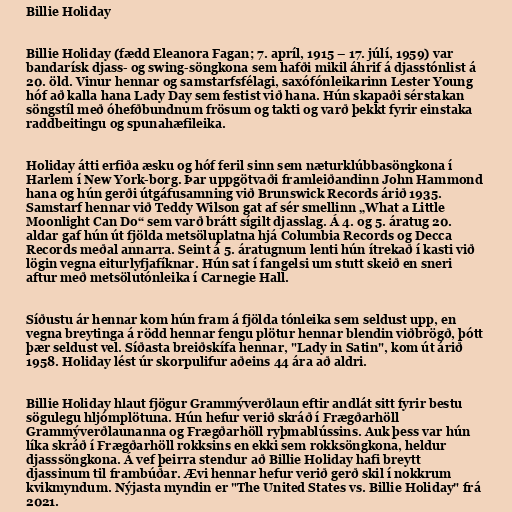
Billie Holiday

Billie Holiday (fædd Eleanora Fagan; 7. apríl, 1915 – 17. júlí, 1959) var
bandarísk djass- og swing-söngkona sem hafði mikil áhrif á djasstónlist á
20. öld. Vinur hennar og samstarfsfélagi, saxófónleikarinn Lester Young
hóf að kalla hana Lady Day sem festist við hana. Hún skapaði sérstakan
söngstíl með óhefðbundnum frösum og takti og varð þekkt fyrir einstaka
raddbeitingu og spunahæfileika.

Holiday átti erfiða æsku og hóf feril sinn sem næturklúbbasöngkona í
Harlem í New York-borg. Þar uppgötvaði framleiðandinn John Hammond
hana og hún gerði útgáfusamning við Brunswick Records árið 1935.
Samstarf hennar við Teddy Wilson gat af sér smellinn „What a Little
Moonlight Can Do“ sem varð brátt sígilt djasslag. Á 4. og 5. áratug 20.
aldar gaf hún út fjölda metsöluplatna hjá Columbia Records og Decca
Records meðal annarra. Seint á 5. áratugnum lenti hún ítrekað í kasti við
lögin vegna eiturlyfjafíknar. Hún sat í fangelsi um stutt skeið en sneri
aftur með metsölutónleika í Carnegie Hall.

Síðustu ár hennar kom hún fram á fjölda tónleika sem seldust upp, en
vegna breytinga á rödd hennar fengu plötur hennar blendin viðbrögð, þótt
þær seldust vel. Síðasta breiðskífa hennar, "Lady in Satin", kom út árið
1958. Holiday lést úr skorpulifur aðeins 44 ára að aldri.

Billie Holiday hlaut fjögur Grammýverðlaun eftir andlát sitt fyrir bestu
sögulegu hljómplötuna. Hún hefur verið skráð í Frægðarhöll
Grammýverðlaunanna og Frægðarhöll ryþmablússins. Auk þess var hún
líka skráð í Frægðarhöll rokksins en ekki sem rokksöngkona, heldur
djasssöngkona. Á vef þeirra stendur að Billie Holiday hafi breytt
djassinum til frambúðar. Ævi hennar hefur verið gerð skil í nokkrum
kvikmyndum. Nýjasta myndin er "The United States vs. Billie Holiday" frá
2021.